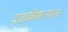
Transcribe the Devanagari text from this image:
दाखविणार्‍याला